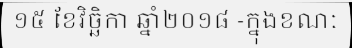
១៥ ខែវិច្ឆិកា ឆ្នាំ២០១៨ -ក្នុងខណៈ